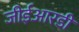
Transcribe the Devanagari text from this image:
जीईआरडी